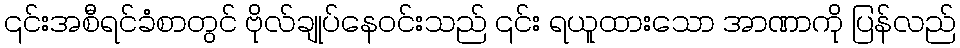
၎င်းအစီရင်ခံစာတွင် ဗိုလ်ချုပ်နေဝင်းသည် ၎င်း ရယူထားသော အာဏာကို ပြန်လည်